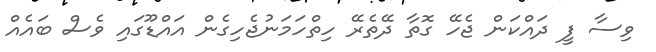
ވިސާ ފީ ދައްކަން ޖެހޭ ގޮތާ ދޭތެރޭ ހިތްހަމަނުޖެހިގެން އައްޑޫގައި ވެސް ބައެއް